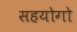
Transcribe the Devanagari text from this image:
सहयोगो